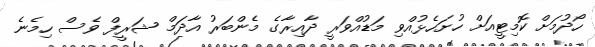
ހޯދުމަށް ކޮމިޓީއަށް ހުށަހެޅުއްވި މަޑުއްވަރީ ދާއިރާގެ މެންބަރު އާދަމް ޝަރީފް ވެސް ހިމެނެ